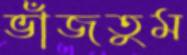
ভাঁজতুম